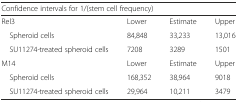
| <COLSPAN=4> Confidence intervals for 1/(stem cell frequency) |
 | --- | --- | --- | --- |
 | Rel3 | Lower | Estimate | Upper |
 | Spheroid cells | 84,848 | 33,233 | 13,016 |
 | SU11274-treated spheroid cells | 7208 | 3289 | 1501 |
 | M14 | Lower | Estimate | Upper |
 | Spheroid cells | 168,352 | 38,964 | 9018 |
 | SU11274-treated spheroid cells | 29,964 | 10,211 | 3479 |